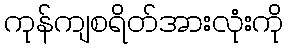
ကုန်ကျစရိတ်အားလုံးကို